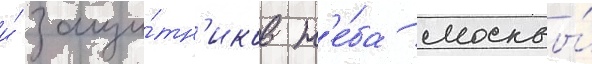
и́ защи́тн'иков н'е́ба москвы́